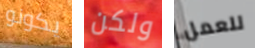
يكونو ولكن للعمل